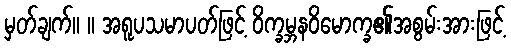
မှတ်ချက်။ ။ အရူပသမာပတ်ဖြင့် ဝိက္ခမ္ဘနဝိမောက္ခ၏အစွမ်းအားဖြင့်